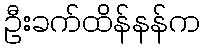
ဦးခက်ထိန်နန်က